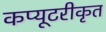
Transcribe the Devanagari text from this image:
कप्यूटरीकृत